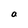
Character: a